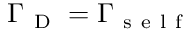
\Gamma _ { \mathrm { ~ D ~ } } = \Gamma _ { \mathrm { ~ s ~ e ~ l ~ f ~ } }